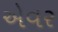
એવર